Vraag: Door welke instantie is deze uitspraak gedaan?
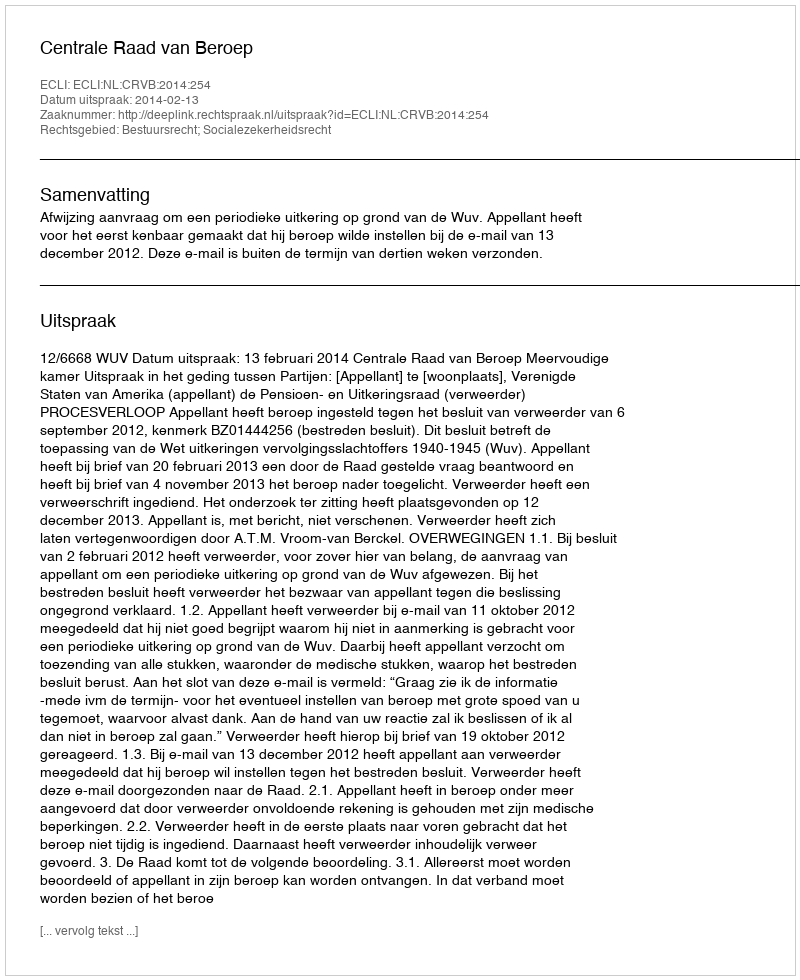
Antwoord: Centrale Raad van Beroep